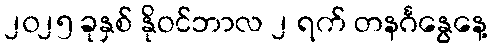
၂၀၂၅ ခုနှစ် နိုဝင်ဘာလ ၂ ရက် တနင်္ဂနွေနေ့